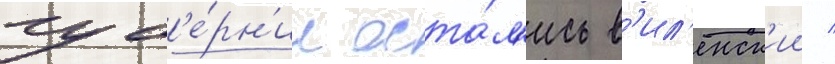
губ'е́рн'ии оста́л'ись в'ил'енск'ии /